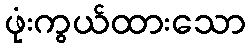
ဖုံးကွယ်ထားသော